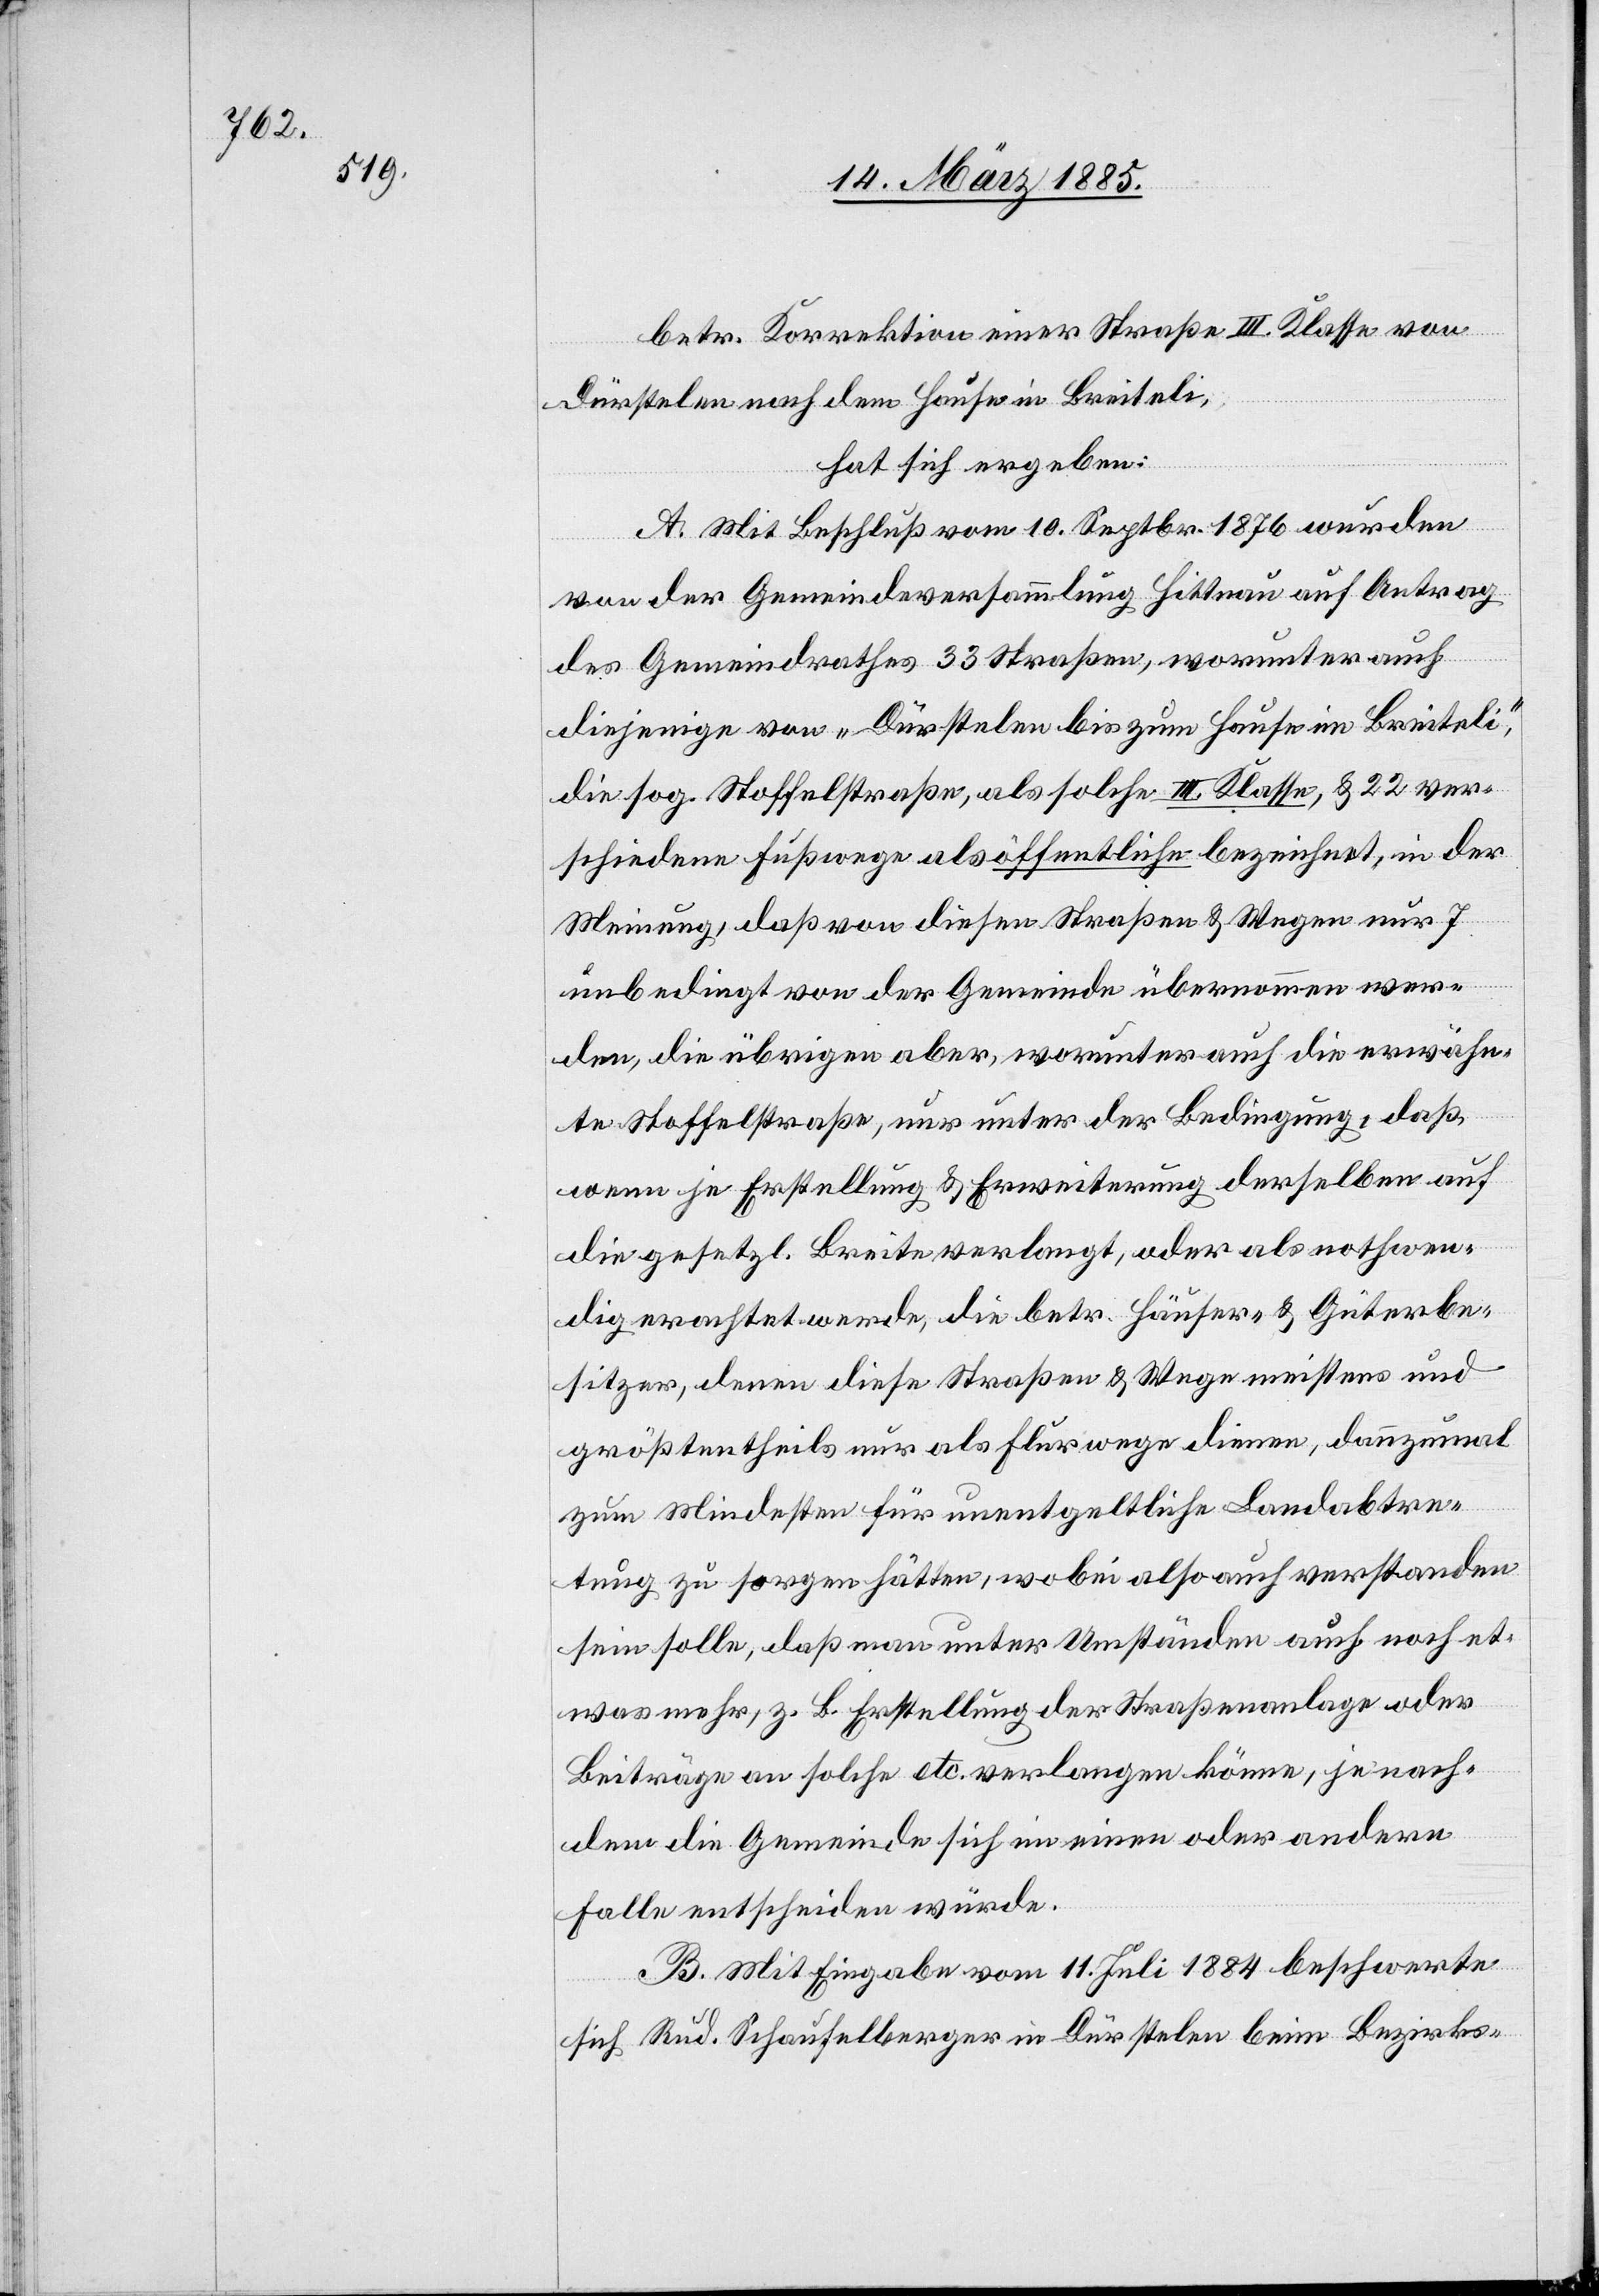
betr. Korrektion einer Straße III. Klasse von
Dürstelen nach dem Hause in Breiteli,
hat sich ergeben:
A. Mit Beschluß vom 10. Septbr. 1876 wurden
von der Gemeindeversammlung Hittnau auf Antrag
des Gemeindrathes 33 Straßen, worunter auch
diejenige von „Dürstelen bis zum Hause im Breiteli“,
die sog. Stoffelstraße, als solche III. Klasse, & 22 ver¬
schiedene Fußwege als öffentliche bezeichnet, in der
Meinung, daß von diesen Straßen & Wegen nur 7
unbedingt von der Gemeinde übernommen wer¬
den, die übrigen aber, worunter auch die erwähn¬
te Stoffelstraße, nur unter der Bedingung, daß
wenn je Erstellung & Erweiterung derselben auf
die gesetzl. Breite verlangt, oder als nothwen¬
dig erachtet werde, die betr. Häuser- & Güterbe¬
sitzer, denen diese Straßen & Wege meistens und
größtentheils nur als Flurwege dienen, dannzumal
zum Mindesten für unentgeltliche Landabtre¬
tung zu sorgen hätten, wobei also auch verstanden
sein solle, daß man unter Umständen auch noch et¬
was mehr, z. B. Erstellung der Straßenanlage oder
Beiträge an solche etc. verlangen könne, je nach¬
dem die Gemeinde sich im einen oder anderen
Falle entscheiden würde.
B. Mit Eingabe vom 11. Juli 1884 beschwerte
sich Rud. Schaufelberger in Dürstelen beim Bezirks-